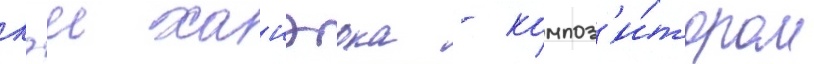
кэи ханэока - композ'и́тором